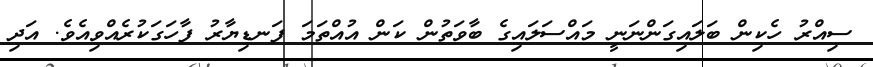
ސިއްރު ހެކިން ބަލައިގަންނަނީ މައްސަލައިގެ ބާވަތުން ކަން އުއްތަމަ ފަނޑިޔާރު ފާހަގަކުރެއްވިއެވެ. އަދި